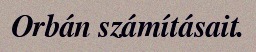
Orbán számításait.